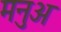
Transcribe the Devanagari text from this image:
मनुअ